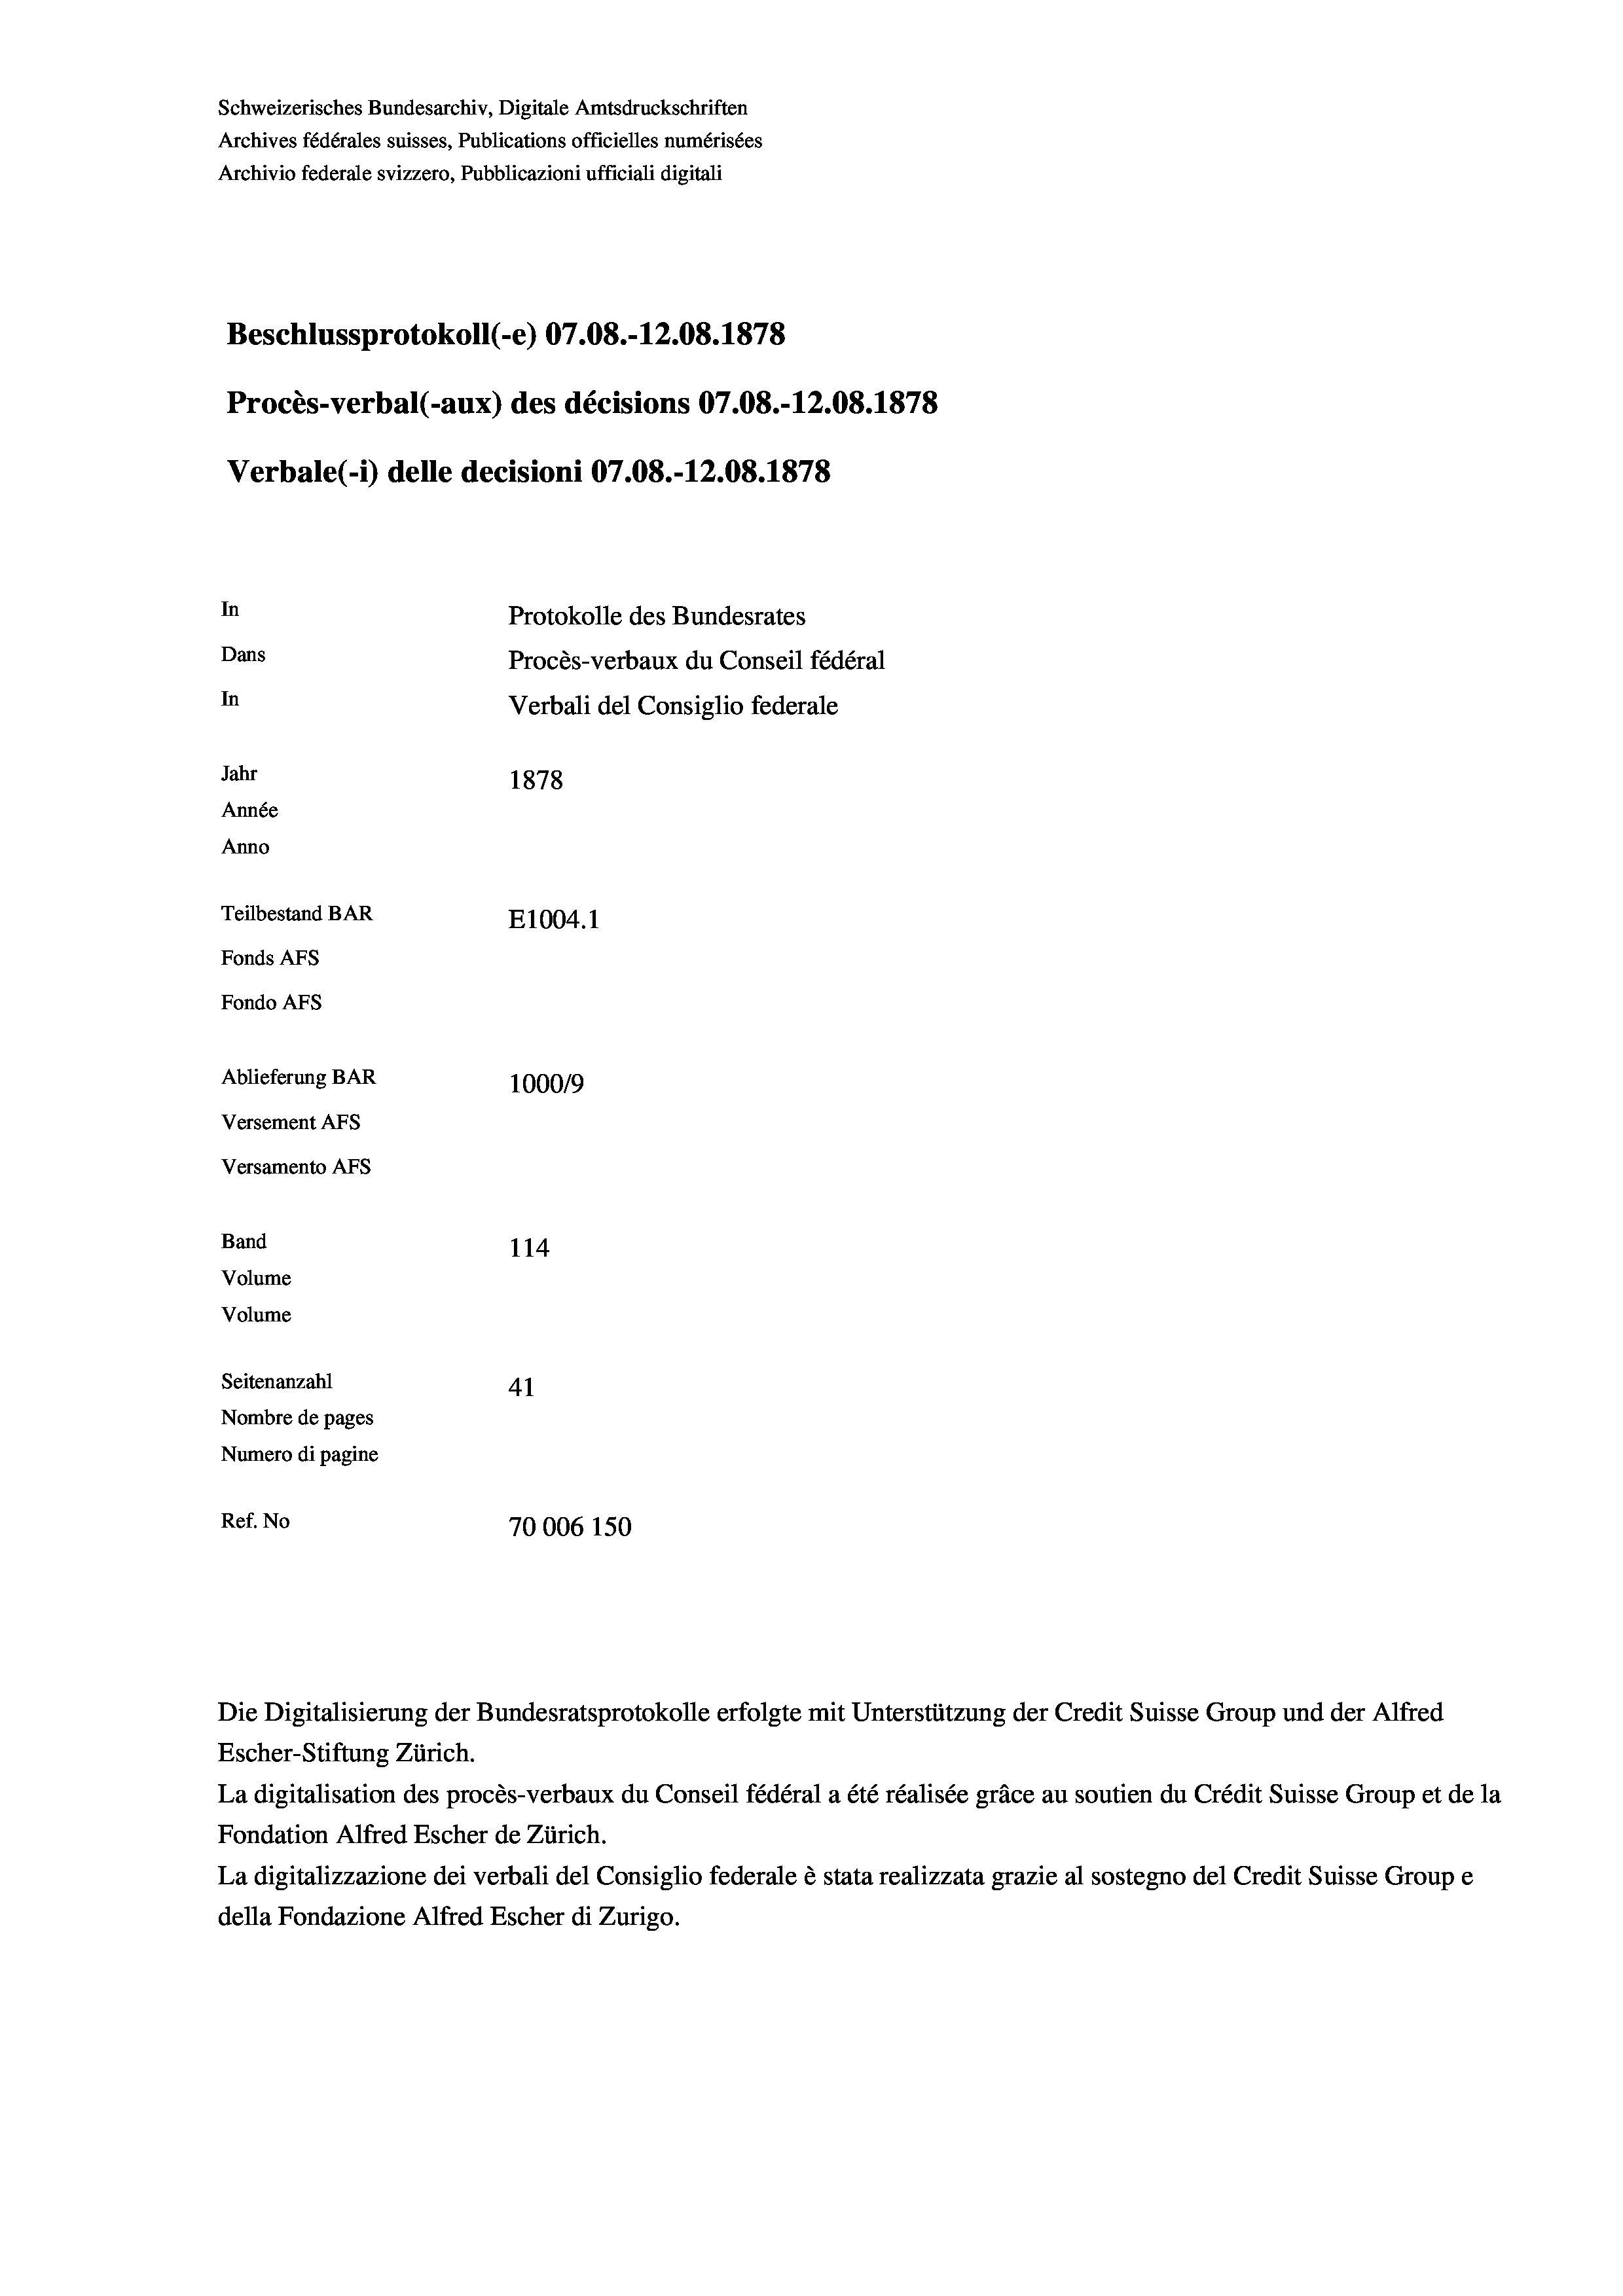
Schweizerisches Bundesarchiv, Digitale Amtsdruckschriften
Archives fédérales suisses, Publications officielles numérisées
Archivio federale svizzero, Pubblicazioni ufficiali digitali
Beschlussprotokoll (-e) 07.08.-12.08. 1878
Procès-verbal (-aux) des décisions 07.08.-12.08. 1878
Verbale(*) delle decisioni 07.08.-12.08. 1878
In
Protokolle des Bundesrates
Dans
Procès-verbaux du Conseil fédéral
In
Verbali del Consiglio federale
Jahr
1878
Année
Anno
Teilbestand BAR
E1004. 1
Fonds AFs
Fondo Afs
Ablieferung BAR
100019
Versement AFs
Versamento Afs
Band
114
Volume
Volume
Seitenanzahl
41
Nombre de pages
Numero di pagine
Ref. No
70006 150

Escher-Stiftung Zürich.
La digitalisation des procès-verbaux du Conseil fédéral a été réalisée gräce au soutien du Crédit Suisse Group et de la
Fondation Alfred Escher de Zürich.
La digitalizzazione dei verbali del Consiglio federale è stata realizzata grazie al sostegno del Credit Suisse Groupe
della Fondazione Alfred Escher di Zurigo.

Die Digitalisierung der Bundesratsprotokolle erfolgte mit Unterstützung der Credit Suisse Group und der Alfred